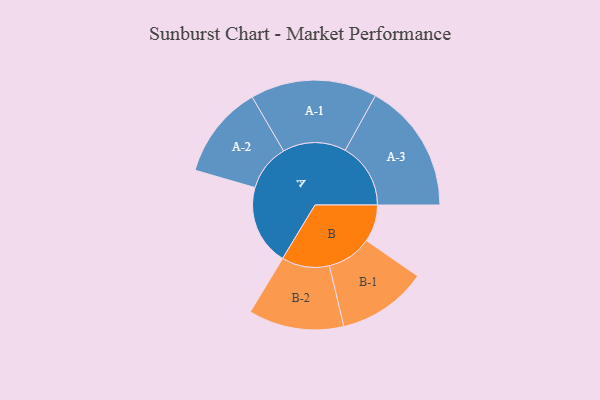
{"axis": {"x": "Segment", "y": "Value"}, "legend": ["", "A", "B"], "data": [{"x": "A", "y": 227, "type": ""}, {"x": "B", "y": 105, "type": ""}, {"x": "A-1", "y": 179, "type": "A"}, {"x": "A-2", "y": 132, "type": "A"}, {"x": "A-3", "y": 185, "type": "A"}, {"x": "B-1", "y": 127, "type": "B"}, {"x": "B-2", "y": 135, "type": "B"}]}